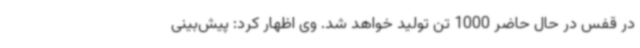
در قفس در حال حاضر 1000 تن تولید خواهد شد. وی اظهار کرد: پیش‌بینی